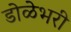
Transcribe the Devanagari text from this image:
डोळेभरी